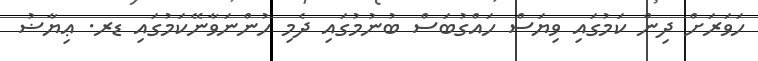
ހަވަރަށް ދިން ކަމުގައި ވިޔަސް ހައްގުބަސް ބުނުމުގައި ދެމި ހުންނަވާނޭކަމުގައި ޑރ. ޢިޔާޟު